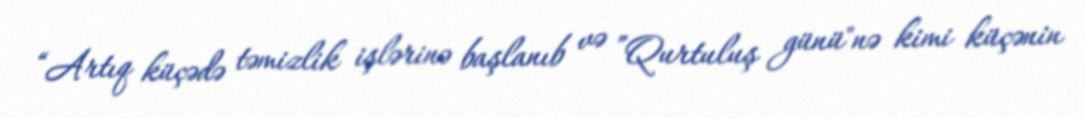
“Artıq küçədə təmizlik işlərinə başlanıb və ”Qurtuluş günü"nə kimi küçənin